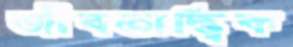
জীবতাত্ত্বিক